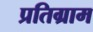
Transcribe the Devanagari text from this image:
प्रतिग्राम